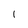
Character: 1